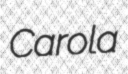
Carola